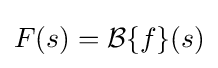
F(s)={\mathcal {B}}\{f\}(s)